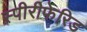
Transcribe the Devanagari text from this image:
स्पीरीफेरिड